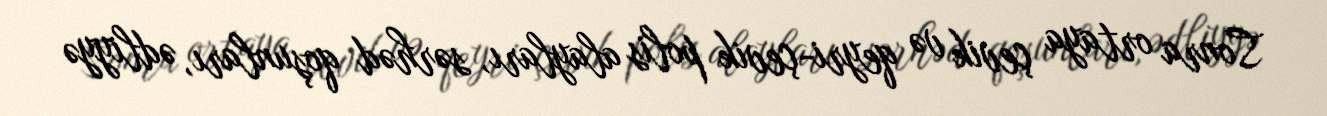
Sonra ortaya çevik və qeyri-çevik polis alayları, sərhəd qoşunları, ədliyyə